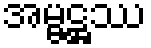
အမ္ဗဋ္ဌဿ